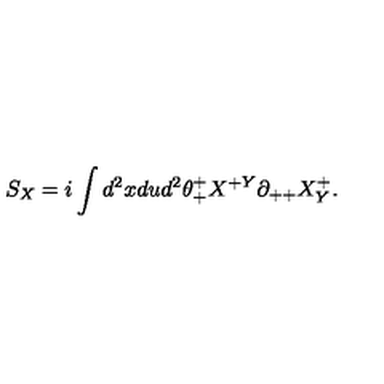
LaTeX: S _ { X } = i \int d ^ { 2 } x d u d ^ { 2 } \theta _ { + } ^ { + } X ^ { + Y } \partial _ { + + } X _ { Y } ^ { + } .